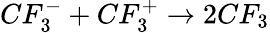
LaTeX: CF_{3}^{-}+CF_{3}^{+}\rightarrow 2CF_{3}